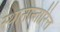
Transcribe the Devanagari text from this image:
स्थानान्तारित्त